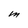
Character: M